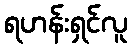
ရဟန်းရှင်လူ